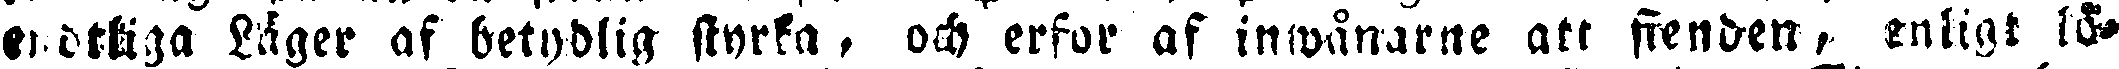
endtliga Läger af betydlig styrka, och erfor af inwånarne att fienden, enligt lö-